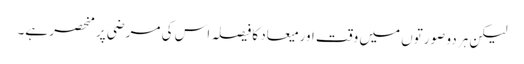
لیکن ہر دو صورتوں میں وقت اور میعاد کا فیصلہ اس کی مرضی پر منحصر ہے۔